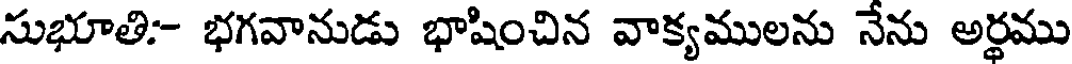
సుభూతి:- భగవానుడు భాషించిన వాక్యములను నేను అర్థము